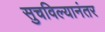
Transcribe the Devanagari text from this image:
सुचविल्यानंतर